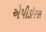
એપીડોરસ